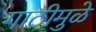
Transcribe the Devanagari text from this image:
गाठीमुळे